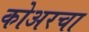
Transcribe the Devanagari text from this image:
कोअरचा